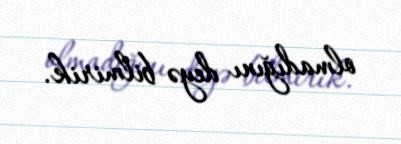
olmadığını deyə bilmirik.